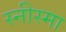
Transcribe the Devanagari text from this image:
स्नीस्मा